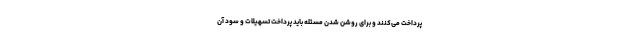
پرداخت می‌کنند و برای روشن شدن مسئله باید پرداخت تسهیلات و سود آن